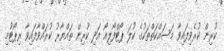
ކުރިން ކުރެވިފައިވާ މަސައްކަތްތަކުގެ ކުލަ ޕޯޓްފޯލިއޯ އަދި ކުރިން ތައްޔާރު ކުރައްވާފައިވާ ރިޕޯޓުމި